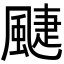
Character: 𩗳